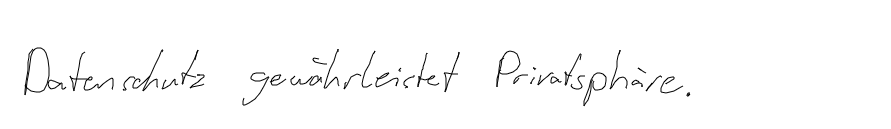
Datenschutz gewährleistet Privatsphäre.